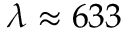
\lambda \approx 6 3 3